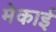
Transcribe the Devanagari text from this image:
मेकाई